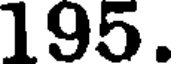
195.